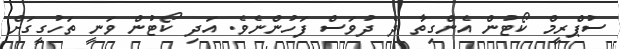
ސުޕްރީމް ކޯޓުން އެންގިތާ ދެ ދުވަސް ފަހުންނެވެ. އަދި ކޯޓުން ވަނީ ތަހުގީގަށް